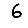
Digit: 6